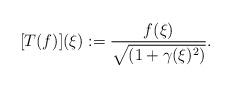
LaTeX: \begin{align*}[T(f)](\xi) := \frac{f(\xi)}{\sqrt{(1 + \gamma(\xi)^2)}}.\end{align*}